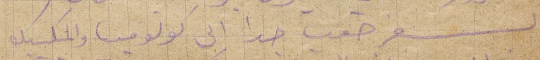
السفر صعب جدًا الى كولومبيا والمكسيك